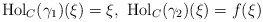
\begin{align*}{\rm Hol}_C(\gamma_1)(\xi)=\xi,\ {\rm Hol}_C(\gamma_2)(\xi)=f(\xi)\end{align*}